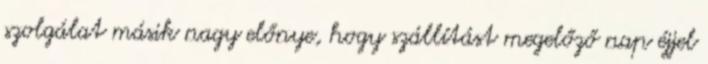
szolgálat másik nagy előnye, hogy szállítást megelőző nap éjjel